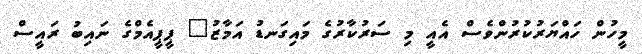
މީހުން ހައްޔަރުކުރުންވެސް އެއީ މި ސަރުކާރުގެ މައިގަނޑު އަމާޒު" ޕީޕީއެމްގެ ނައިބު ރައީސް